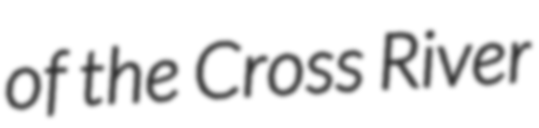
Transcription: of the Cross River